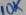
Text: 10K